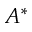
A ^ { * }